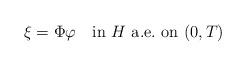
LaTeX: \begin{align*}\xi = \Phi\varphi \quad\mbox{in}\ H\ \mbox{a.e.\ on}\ (0, T) \end{align*}